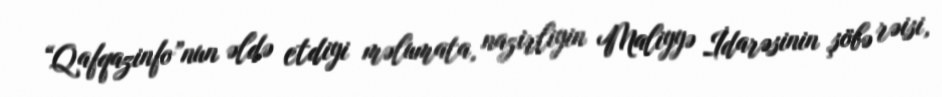
“Qafqazinfo”nun əldə etdiyi məlumata, nazirliyin Maliyyə İdarəsinin şöbə rəisi,